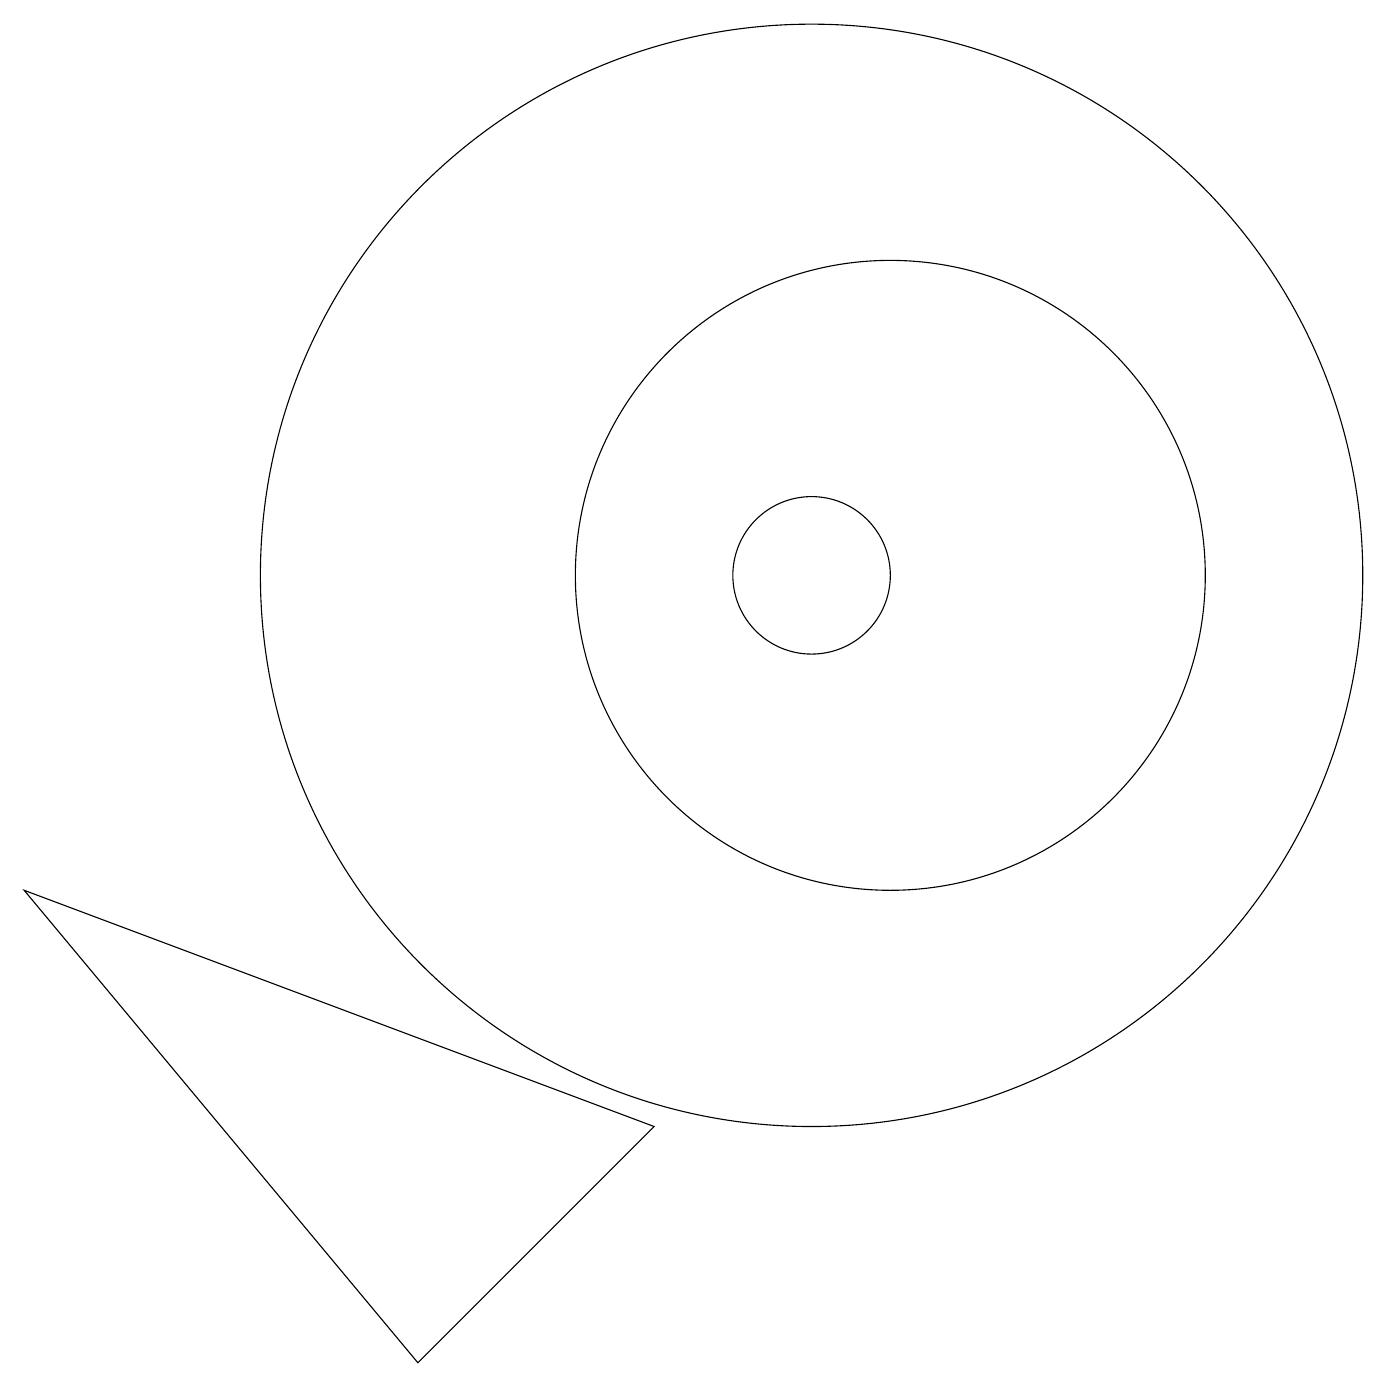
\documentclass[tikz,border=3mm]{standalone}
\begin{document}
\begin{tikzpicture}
\draw (10,11) circle (1);
\draw (11,11) circle (4);
\draw (5,1) -- (0,7) -- (8,4) -- cycle;
\draw (10,11) circle (7);
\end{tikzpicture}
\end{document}